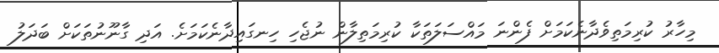
މިހާރު ކުރިމަތިވެދާނެކަމަށް ފެންނަ މައްސަލަތަކާ ކުރިމަތިލާން ނުޖެހި ހިނގައިދާނެކަމަށެެ. އަދި ގާނޫނުތަކަށް ބަދަލު